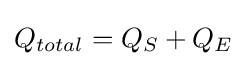
Q_{total}=Q_{S}+Q_{E}